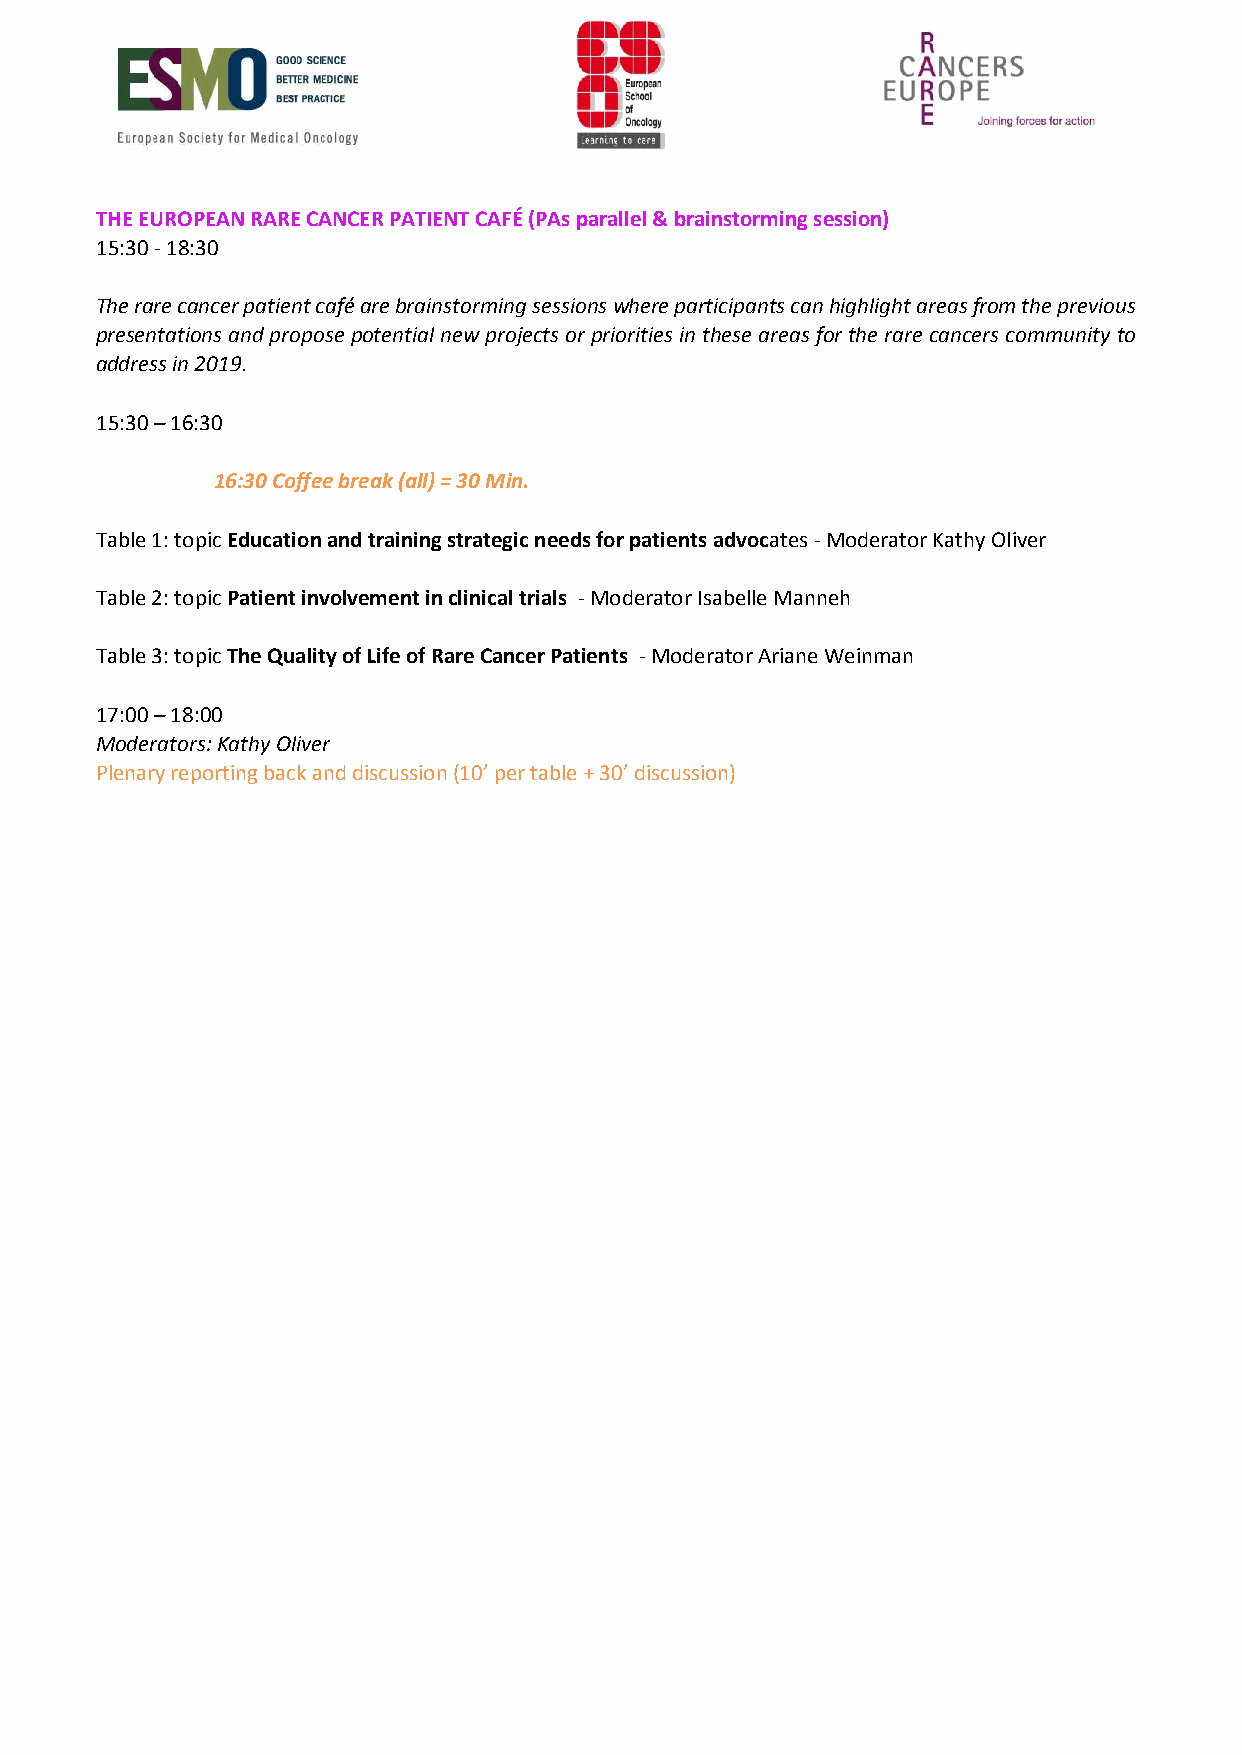
THE EUROPEAN RARE CANCER PATIENT CAFÉ (PAs parallel & brainstorming session)
 15:30 - 18:30
 The rare cancer patient café are brainstorming sessions where participants can highlight areas from the previous
 presentations and propose potential new projects or priorities in these areas for the rare cancers community to
 address in 2019.
 15:30 – 16:30
 16:30 Coffee break (all) = 30 Min.
 Table 1: topic Education and training strategic needs for patients advocates - Moderator Kathy Oliver
 Table 2: topic Patient involvement in clinical trials - Moderator Isabelle Manneh
 Table 3: topic The Quality of Life of Rare Cancer Patients - Moderator Ariane Weinman
 17:00 – 18:00
 Moderators: Kathy Oliver
 Plenary reporting back and discussion (10’ per table + 30’ discussion)